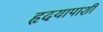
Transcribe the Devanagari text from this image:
हृदयापाशी